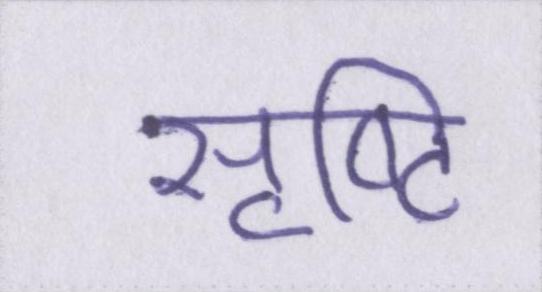
सृष्टि